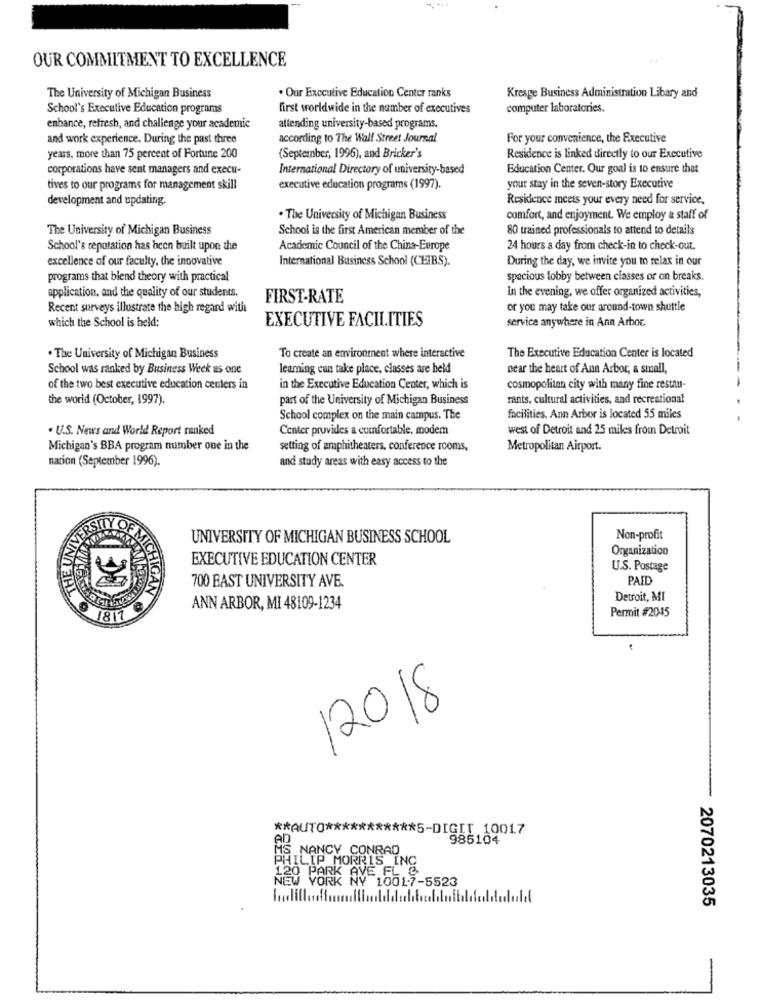
OUR COMMITMENT TO EXCELLENCE
. Our Executive Education Center ranks
The University of Michigan Business
Kresge Business Administration Libary and
School's Executive Education programs
first worldwide in the number of executives
computer laboratories.
enhance, refresh, and challenge your academic
attending university-based programs.
and work experience. During the past three
according to The Wall Street Journal
For your convenience, the Executive
years, more than 75 percent of Fortune 200
(September, 1996), and Bricker's
Residence is linked directly to our Executive
corporations have sent managers and execu-
International Directory of university-based
Education Center. Our goal is to ensure that
tives to our programs for management skill
executive education programs (1997).
your stay in the seven-story Executive
development and updating.
Residence meets your every need for service,
. The University of Michigan Business
comfort, and enjoyment. We employ & staff of
The University of Michigan Business
School is the first American member of the
80 trained professionals to attend to details
School's reputation has been built upon the
Academic Council of the China-Europe
24 hours a day from check-in to check-out.
excellence of our faculty. the innovative
International Business School (CEIBS).
During the day, we invite you to relax in our
programs that blend theory with practical
spacious lobby between classes or on breaks.
In the evening, we offer organized activities,
application. and the quality of our students.
FIRST-RATE
Recent surveys illustrate the high regard with
or you may take our around-town shuttle
which the School is held;
EXECUTIVE FACILITIES
service anywhere in Ann Arbor.
. The University of Michigan Business
To create an environment where interactive
The Executive Education Center is located
School was ranked by Business Week as one
leaming can take place, classes are held
near the heart of Ann Arbor, a small,
of the two best executive education centers in
in the Executive Education Center, which is
cosmopolitan city with many fine restau-
the world (October, 1997).
part of the University of Michigan Business
rants, cultural activities, and recreational
School complex on the main campus. The
facilities. Ann Arbor is located 55 miles
.
. U.S. News and World Report ranked
Center provides a comfortable. modem
west of Detroit and 25 miles from Detroit
Michigan's BBA program number one in the
setting of amphitheaters, conference rooms,
Metropolitan Airport.
nation (September 1996).
and study areas with easy access to the
UNIVERSITY OF MICHIGAN BUSINESS SCHOOL
Non-profit
Organizatico
EXECUTIVE EDUCATION CENTER
E MICHI
U.S. Postage
700 EAST UNIVERSITY AVE.
PAID
Detroit, MI
ANN ARBOR, MI 48109-1234
Permit #2045
1817
/2018
** AUTO *********** 5-DIGIT 10017
AD
985104
NANCY CONRAD
PHILIP MORRIS INC
PARK AVE FL &
EW VORK NY 10017-5523
2070213035